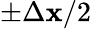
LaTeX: \pm\Delta\mathbf{x}/2